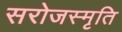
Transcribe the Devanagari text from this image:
सरोजस्मृति